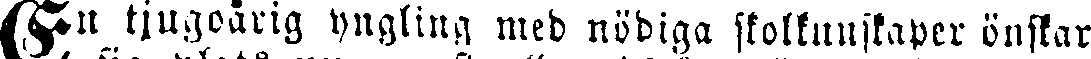
En tjugoårig yngling med nödiga skolkunskaper önskar